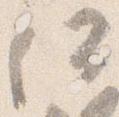
何